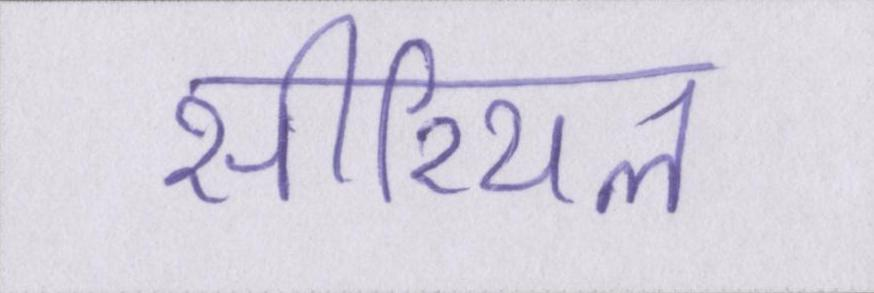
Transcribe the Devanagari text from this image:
सीरियल